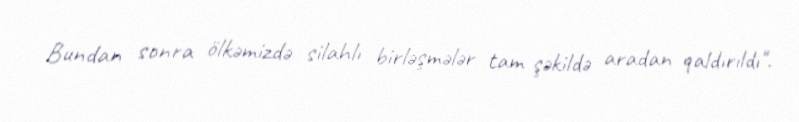
Bundan sonra ölkəmizdə silahlı birləşmələr tam şəkildə aradan qaldırıldı".